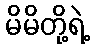
မိမိတို့ရဲ့